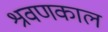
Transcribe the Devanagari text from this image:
श्रवणकाल